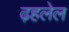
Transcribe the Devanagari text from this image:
ढ़हलेल